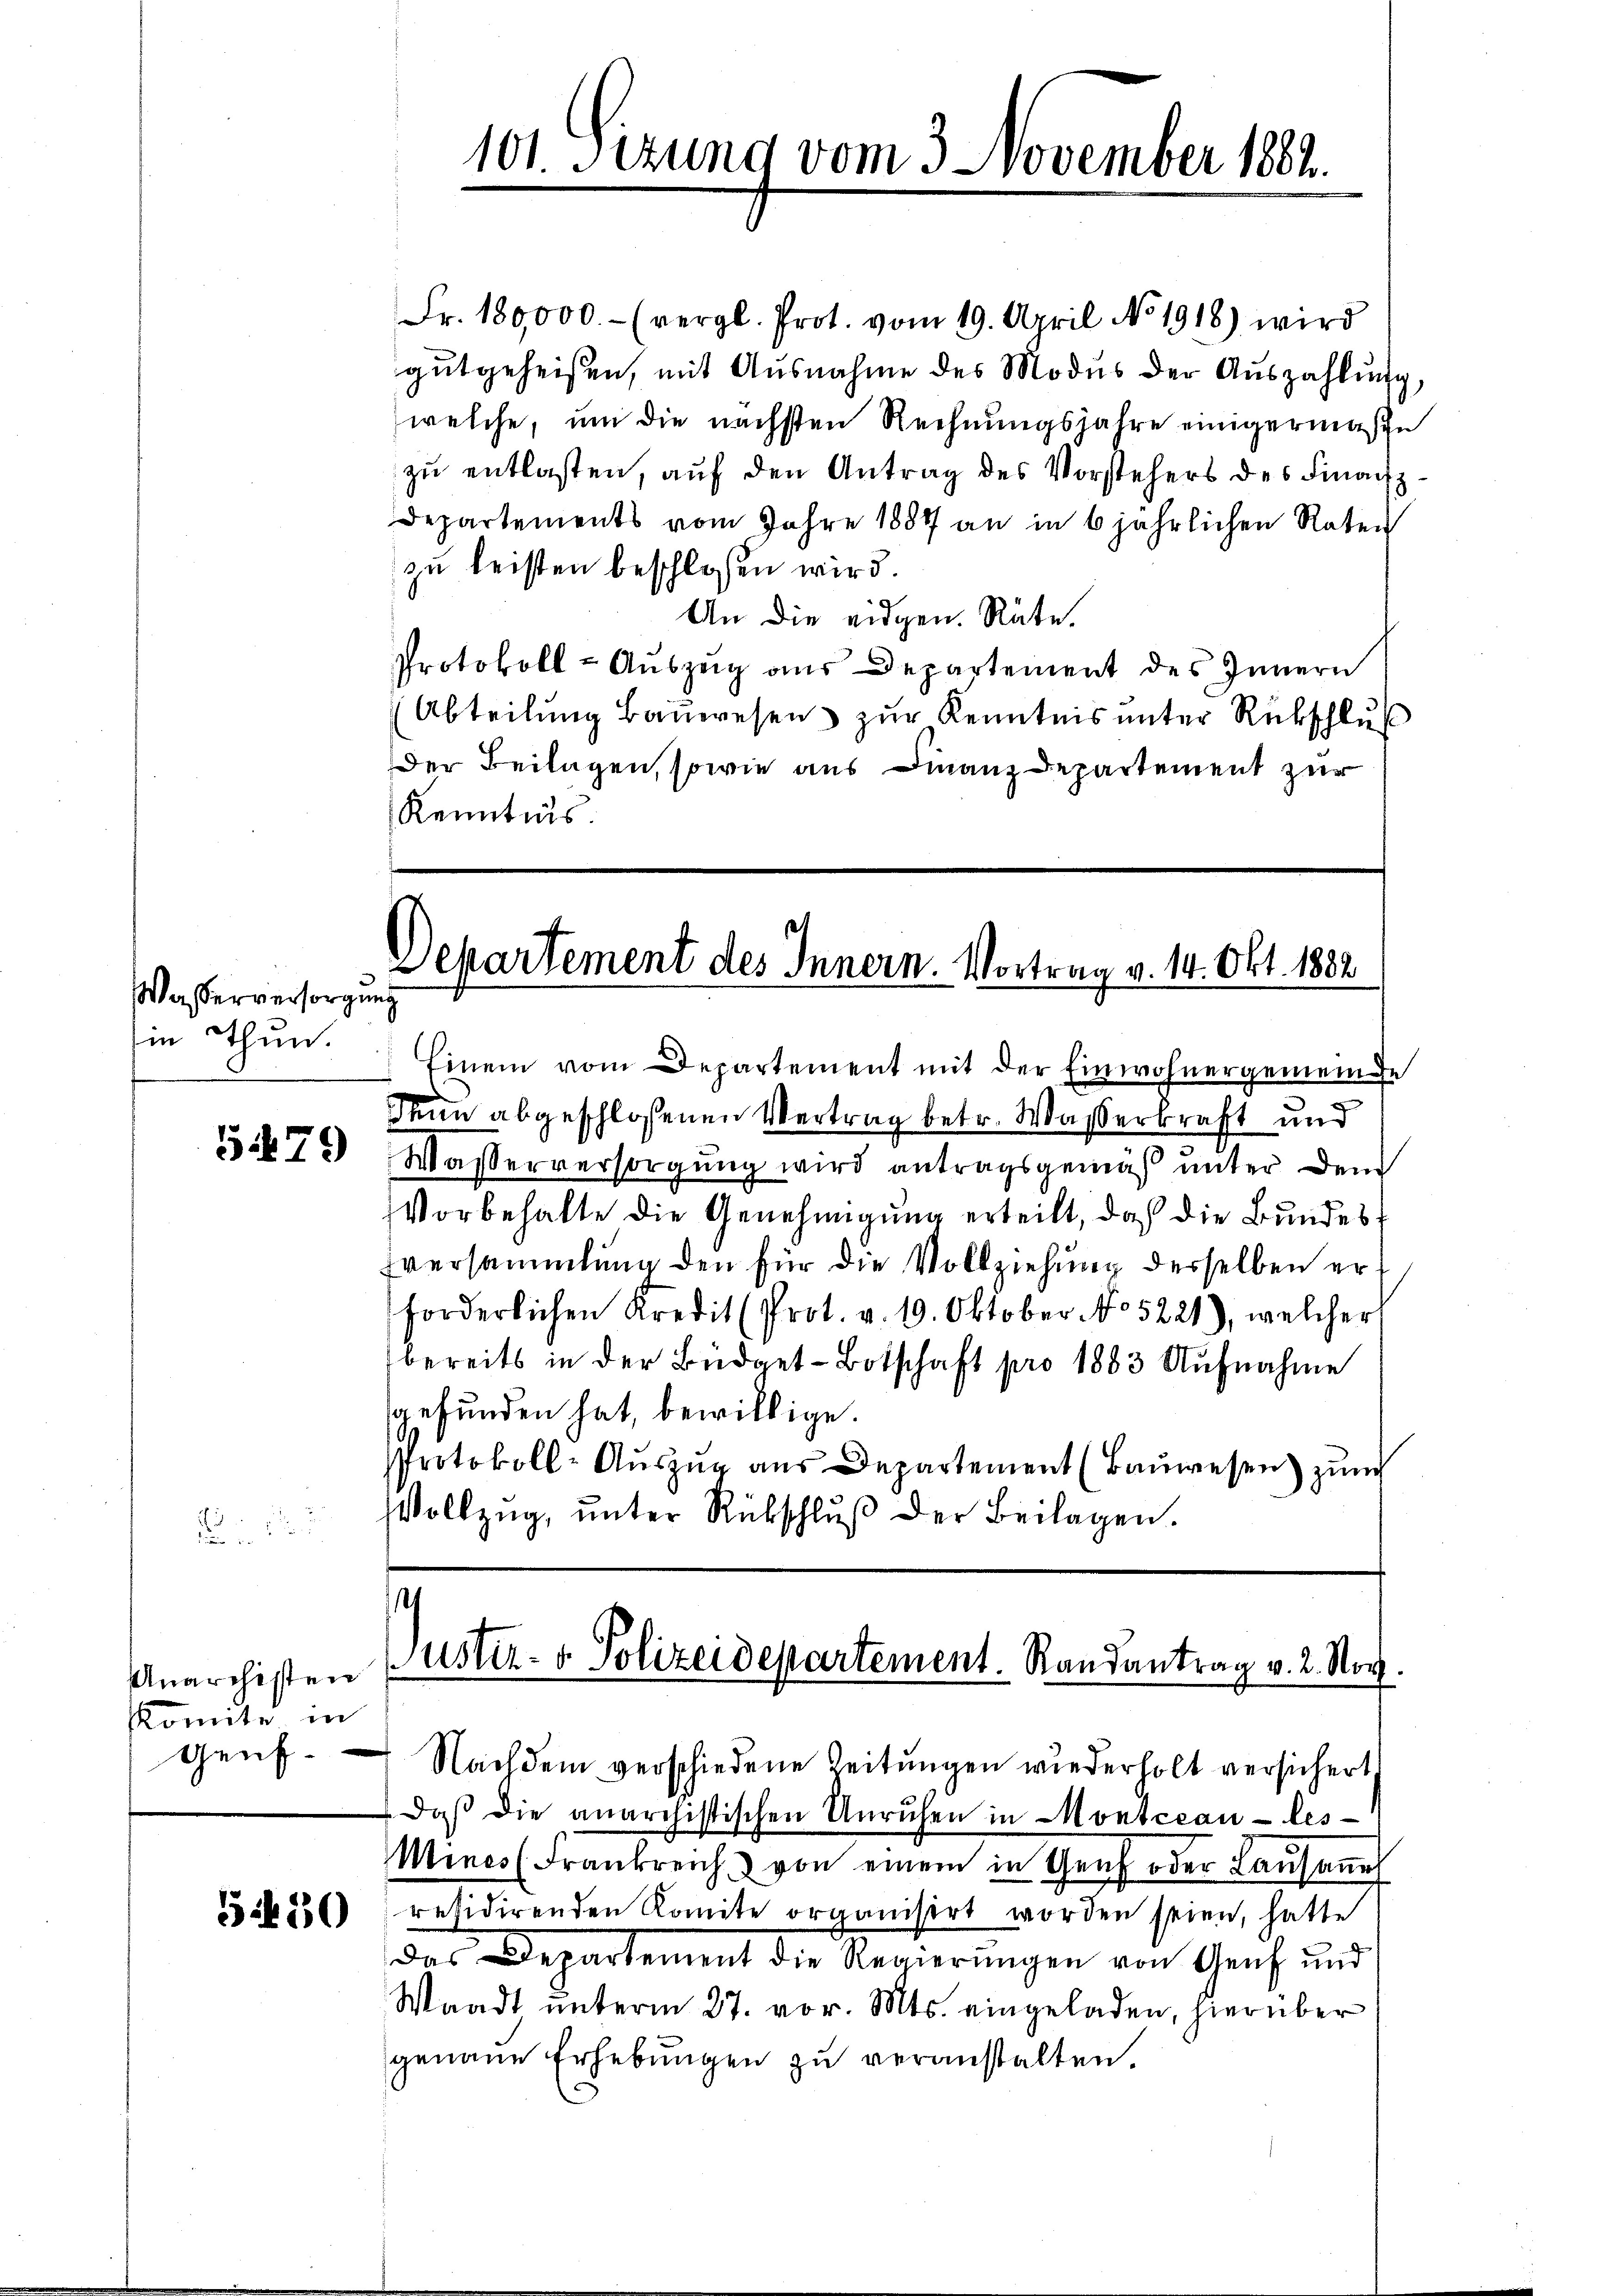
Wasserversorgung
Ein Thun.

5479

Anarchisten
Komite in
genf

550

Fr. 180,000.- (vergl. Prot. vom 19. April No 1918) wird
gutgeheißen, mit Ausnahme des Modus der Auszahlung,
welche, um die nächsten Rechnungsjahre einigermaße
zu entlasten, auf den Antrag des Vorstehers des Finanz
Departements vom Jahre 1887 an in 6 jährlichen Raten
zu leisten beschlossen wird.
An die eidgen. Räte.
Protokoll-Aŭszŭg aŭs Departement des Innern
Abteilung Bauwesen zur Kenntnis unter Rückschluß
Der Beilagen, sowie aus Finanz Departement zur
Kenntnis

Departement des Innern. Vortrag v. 14. Okt. 1882

Einem vom Departement mit der Einwohnergemeinde
denn abgeschlossenen Vertrag betr. Wasserkraft und
Wasserversorgung wird antragsgemäß unter dem
Vorbehalte die Genehmigung erteilt, daß die Bundessversammlung den für die Vollziehung derselben erforderlichen Kredit (Prot. v. 19. Oktober No 5221), welcher
bereits in der Büdget-Botschaft pro 1883 Aufnahme
gefunden hat, bewillige.
Protokoll-Auszug aus Departement (Baŭwesen) zun
Vollzŭg, ŭnter Rückschlŭβ der Beilagen.

s
Justiz- & Polizeidepartement. Randantrag v. 2. Nov.
Nachdem verschiedene Zeitungen wiederholt versichert

daβ die anarchistischen Unruhen in Montceau-les-
Mines (Frankreich von einem in Genf oder Laŭsaṁel
residirenden Komite organisirt worden seien, hatte
das Departement die Regierŭngen von Genf und
Waadt unterm 27. vor. Mts. eingeladen, hierüber
genaue Erhebungen zu veranstalten.

101. Setzung vom 3. November 1882.